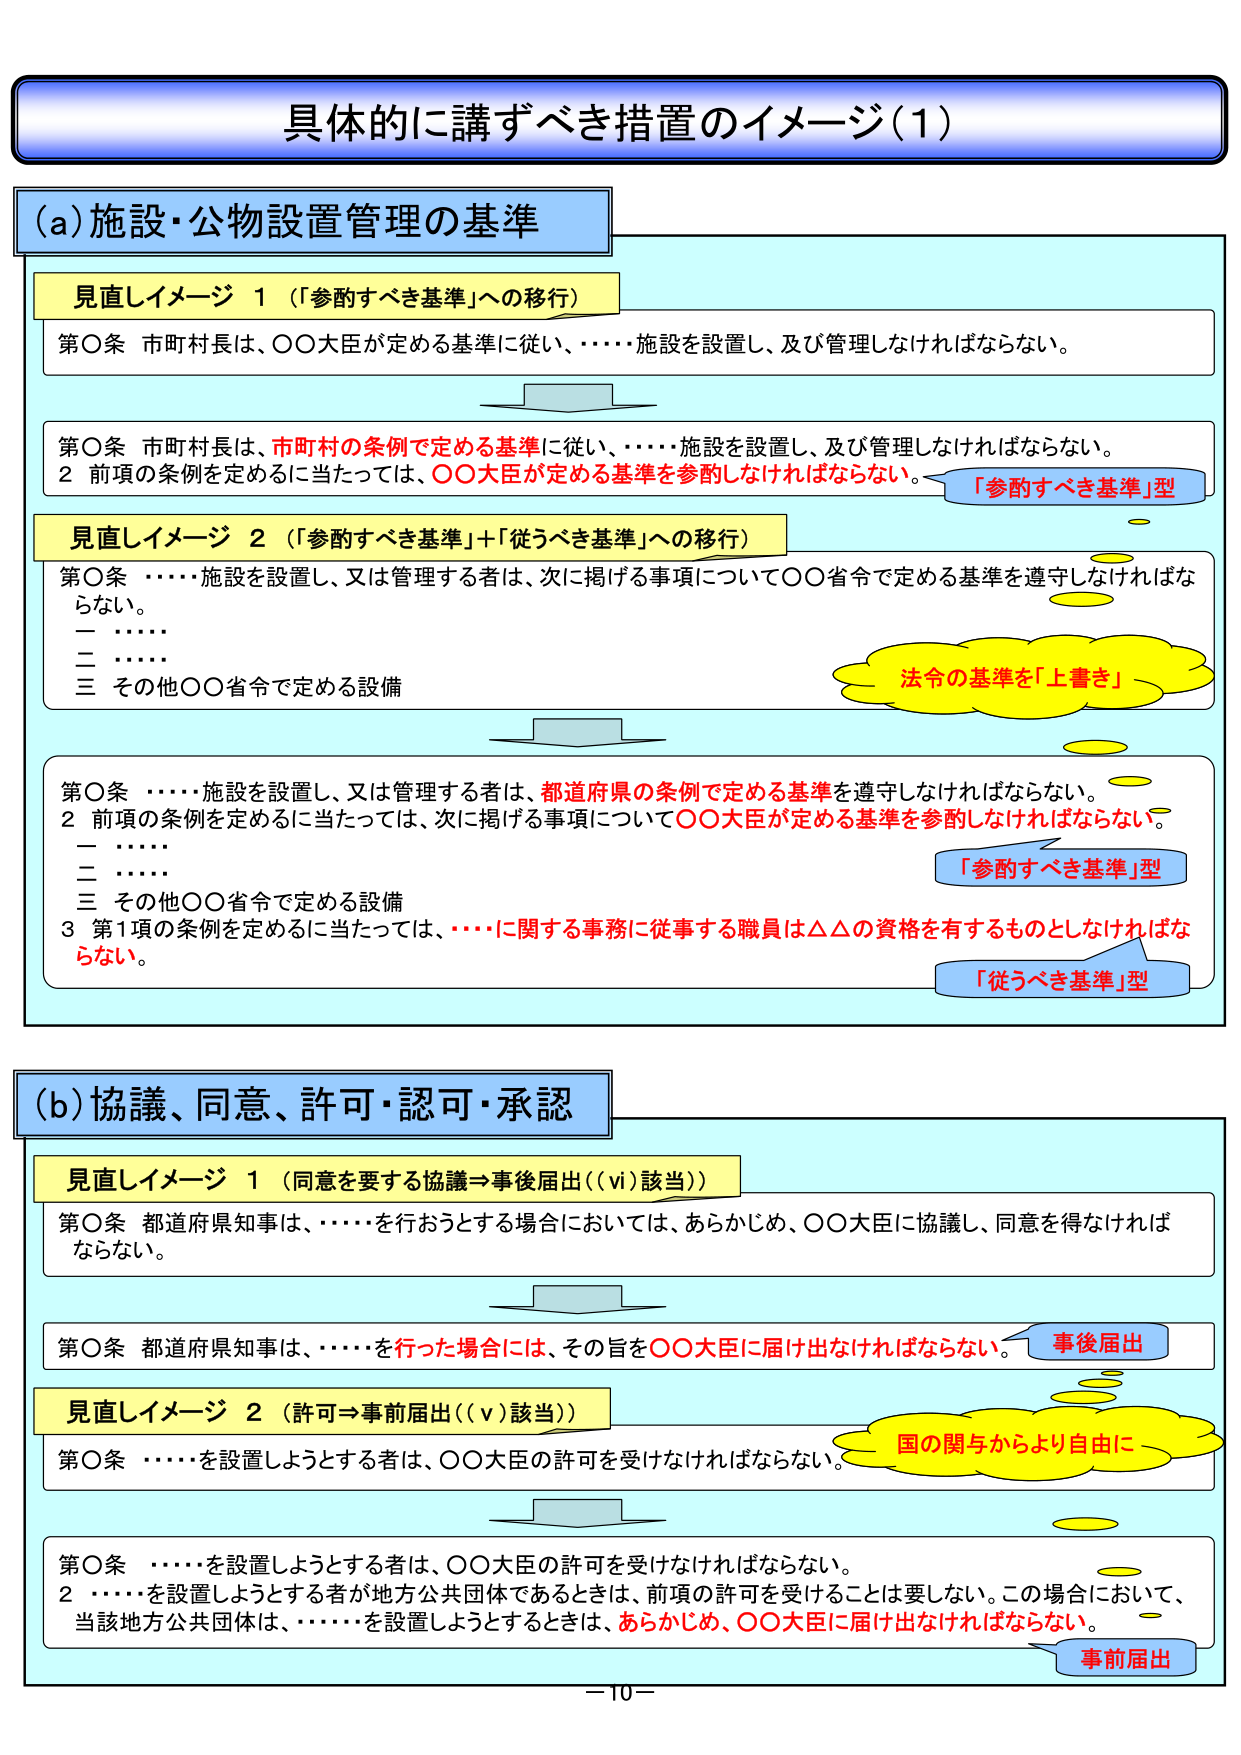
具体的に講ずべき措置のイメージ（1）

(a) 施設・公物設置管理の基準

見直しイメージ 1 （「参酌すべき基準」への移行）
第○条 市町村長は、○○大臣が定める基準に従い、……施設を設置し、及び管理しなければならない。

第○条 市町村長は、市町村の条例で定める基準に従い、……施設を設置し、及び管理しなければならない。
2 前項の条例を定めるに当たっては、○○大臣が定める基準を参酌しなければならない。
「参酌すべき基準」型

見直しイメージ 2 （「参酌すべき基準」＋「従うべき基準」への移行）
第○条 ……施設を設置し、又は管理する者は、次に掲げる事項について○○省令で定める基準を遵守しなければならない。
一 ……
二 ……
三 その他○○省令で定める設備
法令の基準を「上書き」

第○条 ……施設を設置し、又は管理する者は、都道府県の条例で定める基準を遵守しなければならない。
2 前項の条例を定めるに当たっては、次に掲げる事項について○○大臣が定める基準を参酌しなければならない。
一 ……
二 ……
三 その他○○省令で定める設備
3 第1項の条例を定めるに当たっては、……に関する事務に従事する職員は△△の資格を有するものとしなければならない。
「参酌すべき基準」型
「従うべき基準」型

(b) 協議、同意、許可・認可・承認

見直しイメージ 1 （同意を要する協議⇒事後届出（（vi）該当））
第○条 都道府県知事は、……を行おうとする場合においては、あらかじめ、○○大臣に協議し、同意を得なければならない。

第○条 都道府県知事は、……を行った場合には、その旨を○○大臣に届け出なければならない。
事後届出

見直しイメージ 2 （許可⇒事前届出（（v）該当））
第○条 ……を設置しようとする者は、○○大臣の許可を受けなければならない。
国の関与からより自由に

第○条 ……を設置しようとする者は、○○大臣の許可を受けなければならない。
2 ……を設置しようとする者が地方公共団体であるときは、前項の許可を受けることは要しない。この場合において、当該地方公共団体は、……を設置しようとするときは、あらかじめ、○○大臣に届け出なければならない。
事前届出

－10－